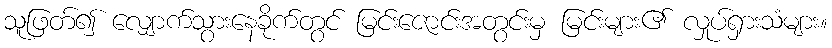
သူဖြတ်၍ လျှောက်သွားနေခိုက်တွင် မြင်းဇောင်းအတွင်းမှ မြင်းများ၏ လှုပ်ရှားသံများ။